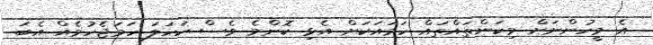
އެ މީހުންނަށް މިކަންތައްތައް ހަމައަކަށް އެޅި ކޮންމެ ވެސް ކަހަލަ ހަމަޖެހުމެއް އެބަ